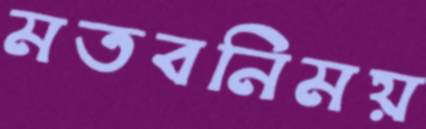
মতবনিময়